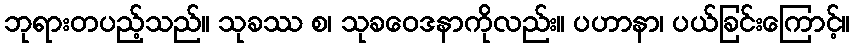
ဘုရားတပည့်သည်။ သုခဿ စ၊ သုခဝေဒနာကိုလည်း။ ပဟာနာ၊ ပယ်ခြင်းကြောင့်။